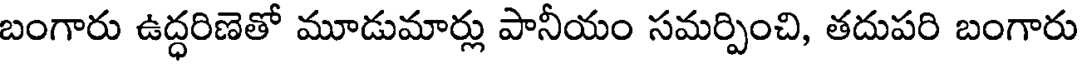
బంగారు ఉద్ధరిణెతో మూడుమార్లు పానీయం సమర్పించి, తదుపరి బంగారు